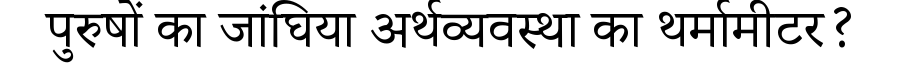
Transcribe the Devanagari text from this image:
पुरुषों का जांघिया अर्थव्यवस्था का थर्मामीटर?